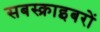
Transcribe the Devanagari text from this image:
सबस्क्राइबरों